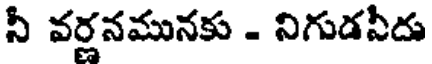
నీ వర్ణనమునకు - నిగుడవీదు